Heimtali_vallavalitsus, lk 38
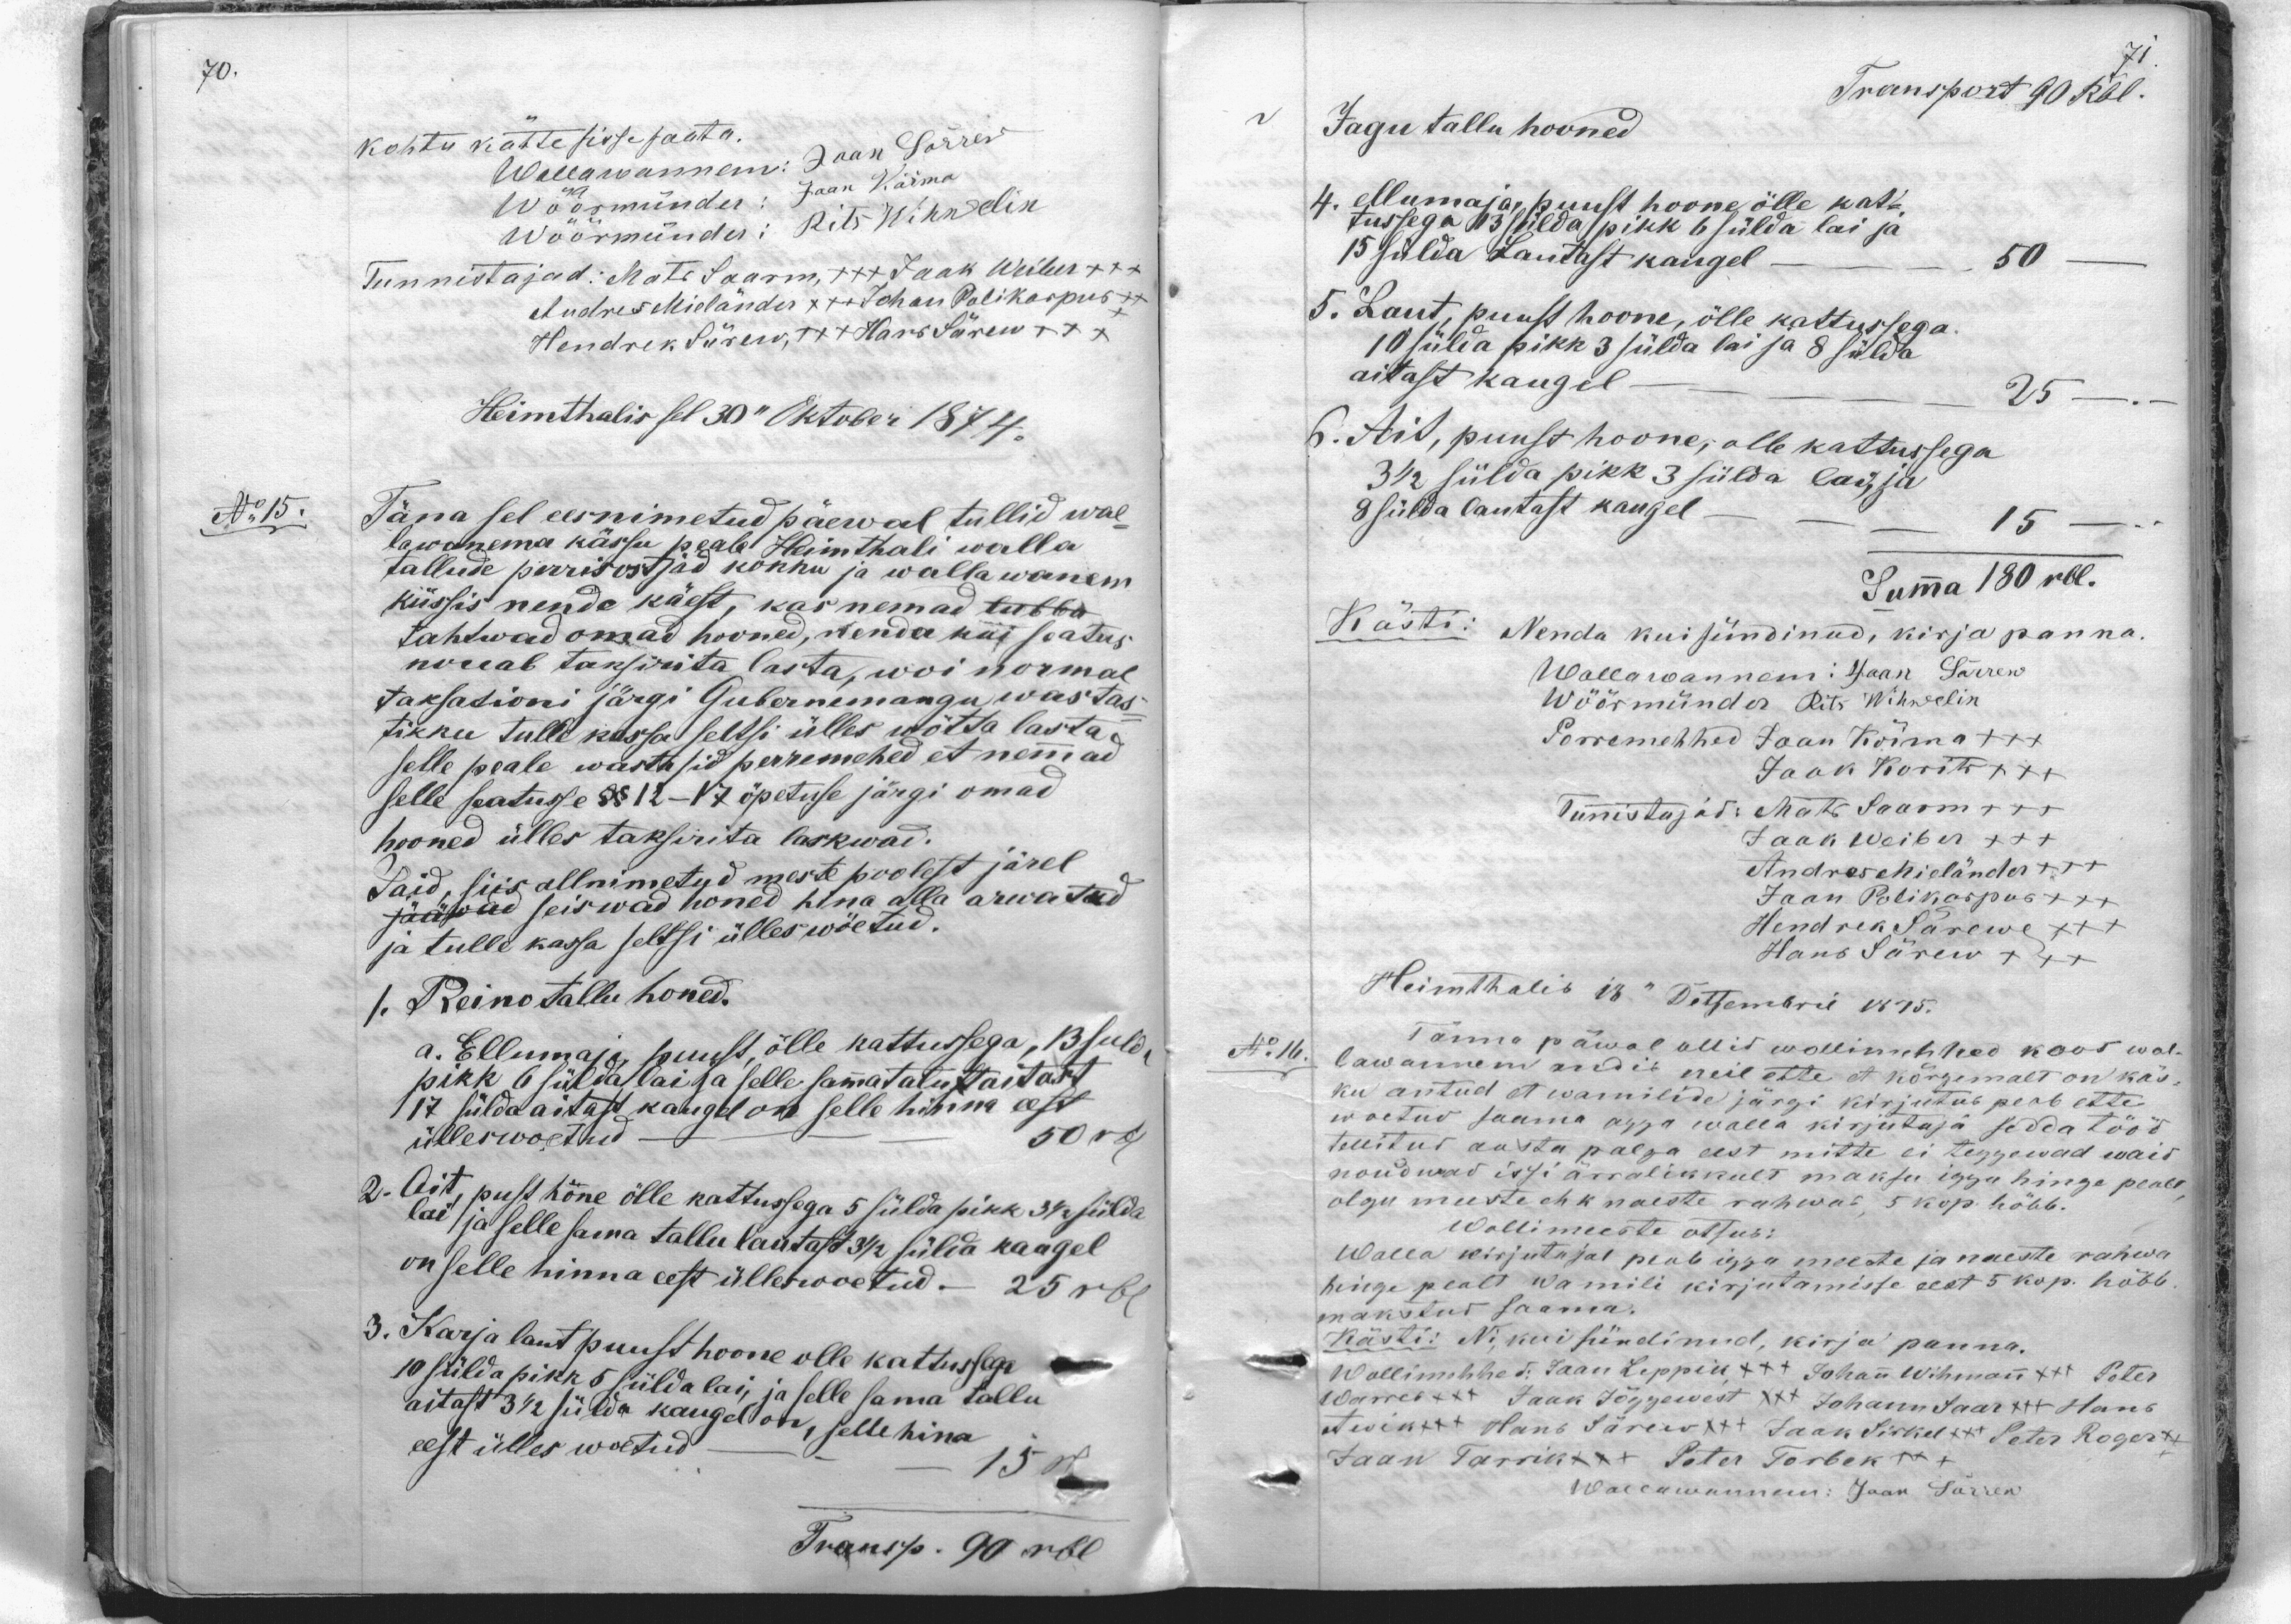
kohtu kätte sisse saata.
Wallawannem: Jaan Särrev
Wöörmünder: Jaan Kõima
Wöörmünder: Rits Wihmelin
Tunnistajad: Mats Saarm, +++ Jaak Weiber +++
Andres Mieländer x + Johan Polikarpus x
Hendrik Sürew, +++ Hans Särew +++
Heimthalis sel 30" Oktober 1874.
Täna sel eesnimetud päewal tullid wal-
lawanema kässu peale Heimthali walla
tallude pärisostjad kohhu ja wallawanem
küssis nende käest, kas nemad tubba
tahtwad omad hooned, nenda kui saatus
nouab taksirita lasta, woi normal
taksasioni järgi Gubernemangu wastas-
tikku tulle kassa seltsi ülles wõtta lasta-
selle peale wastusid perremehed et nemad
selle seatuse §§ 12-17 õpetuse järgi omad
hooned ülles taksirita laskwad.
Said, siis allnimetud meste poolest järel
jääwad seiswad honed hina alla arwatud
ja tulle kassa seltsi ülles wõetud.
1. Reino tallu honed.
a. Ellumaja puust, õlle kattussega, 13 suld
pikk 6 sülda lai ka selle samatalust aitast
17 sülda aitast kaugel on selle hinna eest
ülleswõetud 50 rbl
2. Ait, pust höne õlle kattussega 5 sülda pikk 3 1/2 sülda
lai / ja selle sama tallu lautast 3 1/2 sülda kaugel
on selle hinna eest üllewoetud - 25 rbl.
3. Karja laut puust hoone olle kattussega
10 süldapikk 5 sülda lai, ja selle sama tallu
aitast 3 1/2 sülda kaugel on, selle hina
eest ülles woetud 15 Ru
Transp. 90 rbl

Transport 90 Rbl.
Jagu tallu hooned
4. ellumajapuust hoone ölle kat-
tussega 3 sülda pikk 6 sülda lai ja
15 sülda lautast kaugel 50
5. Laut, puust hoone, ölle kattussega
10 sülda pikk 3 sülda lai ja 8 sülda
aitast kaugel 25
6. Ait, puust hoone, olle kattussega
3 1/2 sülda pikk 3 sülda lai ja
8 sülda lautast kaugel 15.
Summa 180 rbl.
Kästi: Nenda kui sündinud, kirja panna.
Wallawannem: Jaan Särrew
Wöörmünder Rits Wihwelin
Porremehhed Jaan Kõima +++
Jaak Korits +++
Tunnistajad: Mats Saarm +++
Jaak Weiber XXX
Andres Hieländer +++
Jaan Polikarpus +++
Hendrik Särewe XXX
Hans Särew XXX
Heimthalis 12.“ Detsembril 1875.
No 16.
Tänna päwal ollid wollimehhed koos wal-
lawannem endid neil ette et kõrgemalt on käs-
ku antud et wamilide järgi kirjutab peab ette
woetud saama agga walla kirjutaja seda tööd
tellitud aasta palga eest mitte ei teggewad waid
nõudwad issi ärralikkult maksu igga hinge peale
olgu meeste ehk naeste rahwad 5 kop. hõbb.
Wollimeeste otsus:
Walla kirjutajal peab iga meeste ja naeste rahwa
hinge pealt Wamili kirjutamisse eest 5 kop. hõbb.
makstud saama.
Kästi: Ni ku sündinud, kirja panna.
Wollimehhed: Jaan Leppik +++ Johan Wihman +++ Peter
Warres +++ Jaak Jõggewest XXX Johann Saar XXX Hans
Awik xxx Hans Särew xxx Jaak Siskel # Peter Roger
Jaan Tarrikt x Peter Torbek +++
Wallawanem: Jaan Särrew